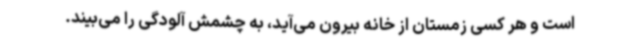
است و هر کسی زمستان از خانه بیرون می‌آید، به چشمش آلودگی را می‌بیند.